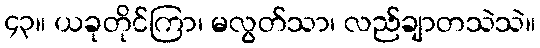
၄၃။ ယခုတိုင်ကြာ၊ မလွတ်သာ၊ လည်ချာတသဲသဲ။